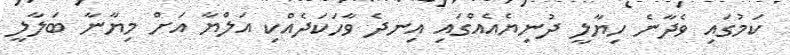
ކަމުގައި ވެދާނެ ހިޔާލީ ދުނިޔެއެއްގައި އިނދެ ވާހަކަދެއްކި އަލްޔާ އަށް މިޔާނާ ބަލާލީ